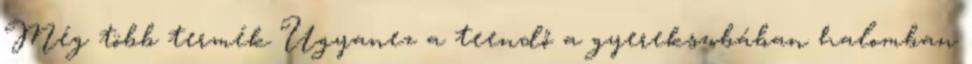
Még több termék Ugyanez a teendő a gyerekszobában halomban